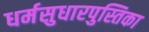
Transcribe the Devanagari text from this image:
धर्मसुधारपुस्तिका